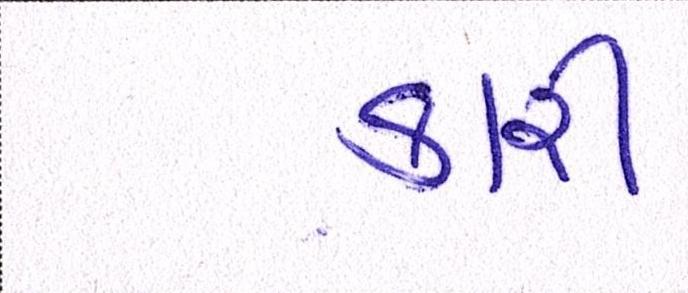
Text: કારી